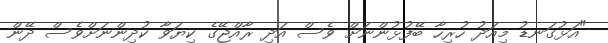
"އަޅުގަނޑު މިއަދު ހުރިހާ ބޭފުޅުންނަށް ވެސް އަދި ރާއްޖޭގެ ކިޔަވާ ކުދިންނަށްވެސް ދޭން